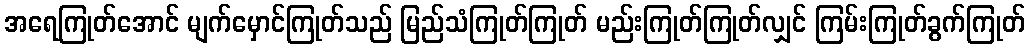
အရေကြုတ်အောင် မျက်မှောင်ကြုတ်သည် မြည်သံကြုတ်ကြုတ် မည်းကြုတ်ကြုတ်လျှင် ကြမ်းကြုတ်ခွက်ကြုတ်